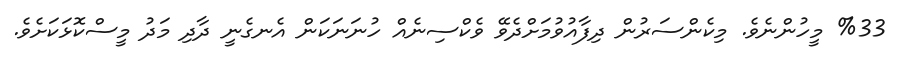
%33 މީހުންނެވެ. މިކެންސަރުން ދިފާއުވުމަށްދެވޭ ވެކްސިނެއް ހުނަނަކަން އެނގެނީ ދާދި މަދު މީސްކޮޅަކަށެވެ.